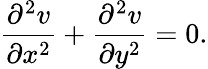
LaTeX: \frac{\partial^{2}v}{\partial x^{2}}+\frac{\partial^{2}v}{\partial y^{2}}=0.